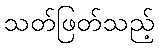
သတ်ဖြတ်သည့်